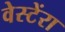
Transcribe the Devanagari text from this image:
वेस्टेंरा